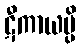
ဋီကာယမ္ပိ